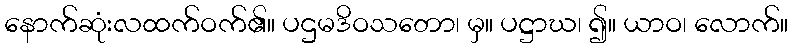
နောက်ဆုံးလထက်ဝက်၏။ ပဌမဒိဝသတော၊ မှ။ ပဋ္ဌာဃ၊ ၍။ ယာဝ၊ လောက်။